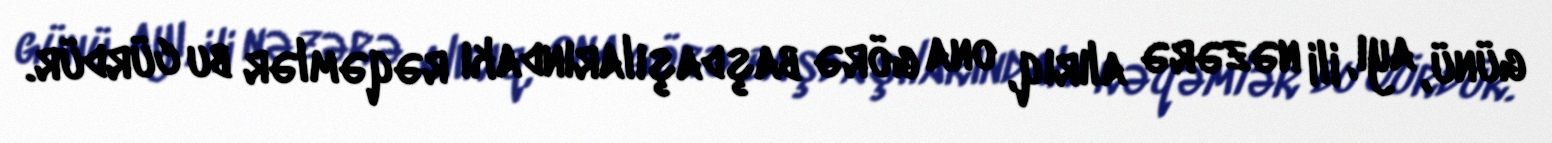
günü, ayı, ili nəzərə alırıq, ona görə başdaşılarındakı rəqəmlər bu cürdür.